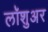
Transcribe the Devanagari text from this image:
लॉशुअर